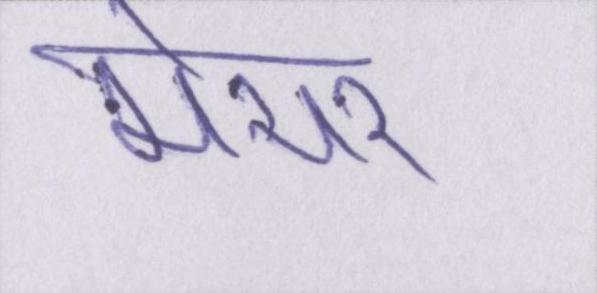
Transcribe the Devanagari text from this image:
मेयर